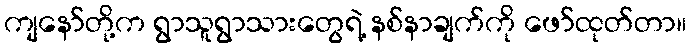
ကျနော်တို့က ရွာသူရွာသားတွေရဲ့ နစ်နာချက်ကို ဖော်ထုတ်တာ။